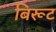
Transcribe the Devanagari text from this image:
बिरूट